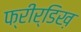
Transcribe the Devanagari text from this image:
फ्रीर्डिख़